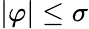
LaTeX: |\varphi|\leq\sigma